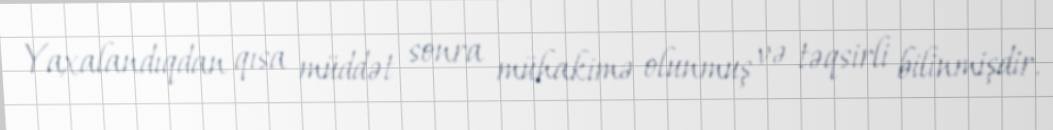
Yaxalandıqdan qısa müddət sonra mühakimə olunmuş və təqsirli bilinmişdir.